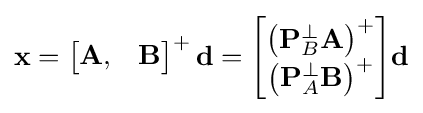
\mathbf {x} ={\begin{bmatrix}\mathbf {A} ,&\mathbf {B} \end{bmatrix}}^{+}\,\mathbf {d} ={\begin{bmatrix}\left(\mathbf {P} _{B}^{\perp }\mathbf {A} \right)^{+}\\\left(\mathbf {P} _{A}^{\perp }\mathbf {B} \right)^{+}\end{bmatrix}}\mathbf {d}